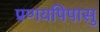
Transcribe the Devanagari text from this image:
प्रणयपिपासु